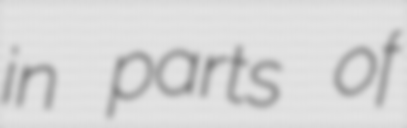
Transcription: in parts of